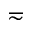
\eqsim